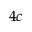
4 c